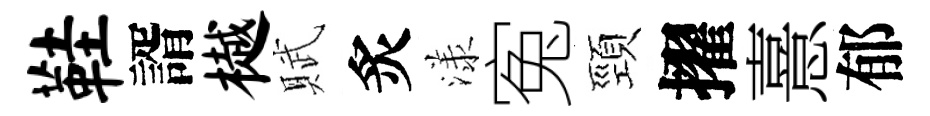
鞋諝樾賦炙漾寃頸擢憙郁